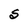
Character: S